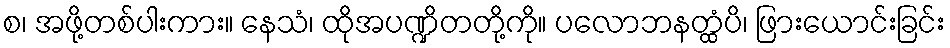
စ၊ အဖို့တစ်ပါးကား။ နေသံ၊ ထိုအပဏ္ဍိတတို့ကို။ ပလောဘနတ္ထံပိ၊ ဖြားယောင်းခြင်း